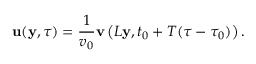
{ \mathbf u } ( { \mathbf y } , \tau ) = \frac { 1 } { v _ { 0 } } { \mathbf v } \left( L { \mathbf y } , t _ { 0 } + T ( \tau - \tau _ { 0 } ) \right) .